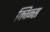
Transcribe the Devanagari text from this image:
क्विन्‍स